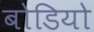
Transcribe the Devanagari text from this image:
बोडियो